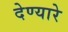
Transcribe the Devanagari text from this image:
देण्यारे